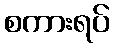
စကားရပ်